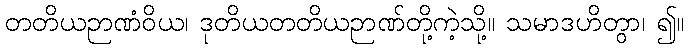
တတိယဉာဏံဝိယ၊ ဒုတိယတတိယဉာဏ်တို့ကဲ့သို့။ သမာဒဟိတွာ၊ ၍။